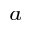
^ { a }